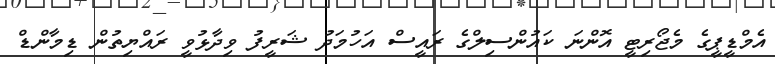
އެމްޑީޕީގެ މެޖޯރިޓީ އޮންނަ ކައުންސިލްގެ ރައީސް އަހުމަދު ޝަރީފު ވިދާޅުވީ ރައްޔިތުން ޑިމާންޑް